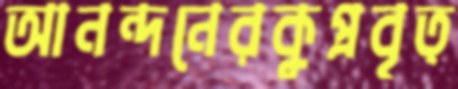
আনন্দনেরকুপ্রবৃত্